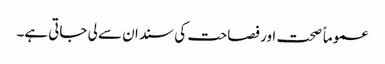
عموماً صحت اور فصاحت کی سند ان سے لی جاتی ہے۔